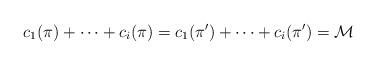
LaTeX: \begin{align*}c_1(\pi)+\dots+c_i(\pi)=c_1(\pi')+\dots+c_i(\pi')=\mathcal{M}\end{align*}